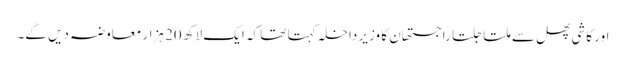
اور کاشی پھل سے ملتا جلتا راجستھان کا وزیر داخلہ کہتا تھا کہ ایک لاکھ 20 ہزار معاوضہ دیں گے۔